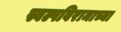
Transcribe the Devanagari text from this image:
स्वल्पविरामाच्या